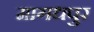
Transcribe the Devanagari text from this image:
मागधपुर